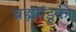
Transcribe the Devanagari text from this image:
ब्रह्ममंडूकी